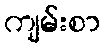
ကျမ်းစာ